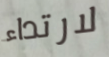
لارتداء